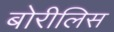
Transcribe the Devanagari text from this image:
बोरीलिस